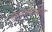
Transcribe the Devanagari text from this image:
मुज्जफ़राबाद